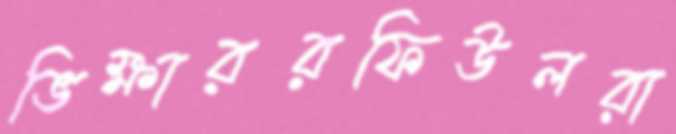
ভিক্ষাররফিউলরা